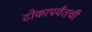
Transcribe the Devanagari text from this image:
टोकापर्यंतची